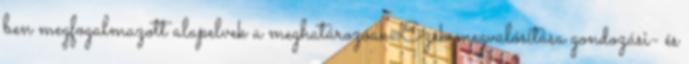
ben megfogalmazott alapelvek a meghatározóak. Ezek megvalósítása gondozási- és